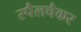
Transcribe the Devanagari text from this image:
स्पैलचैकर